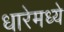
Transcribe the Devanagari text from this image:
धारेमध्ये